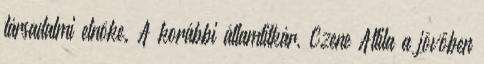
társadalmi elnöke. A korábbi államtitkár, Czene Attila a jövőben